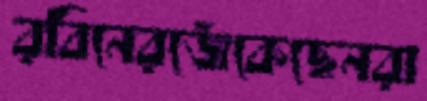
রবিনেরজেঁকেছেনরা